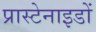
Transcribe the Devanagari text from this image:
प्रास्टेनाइडों